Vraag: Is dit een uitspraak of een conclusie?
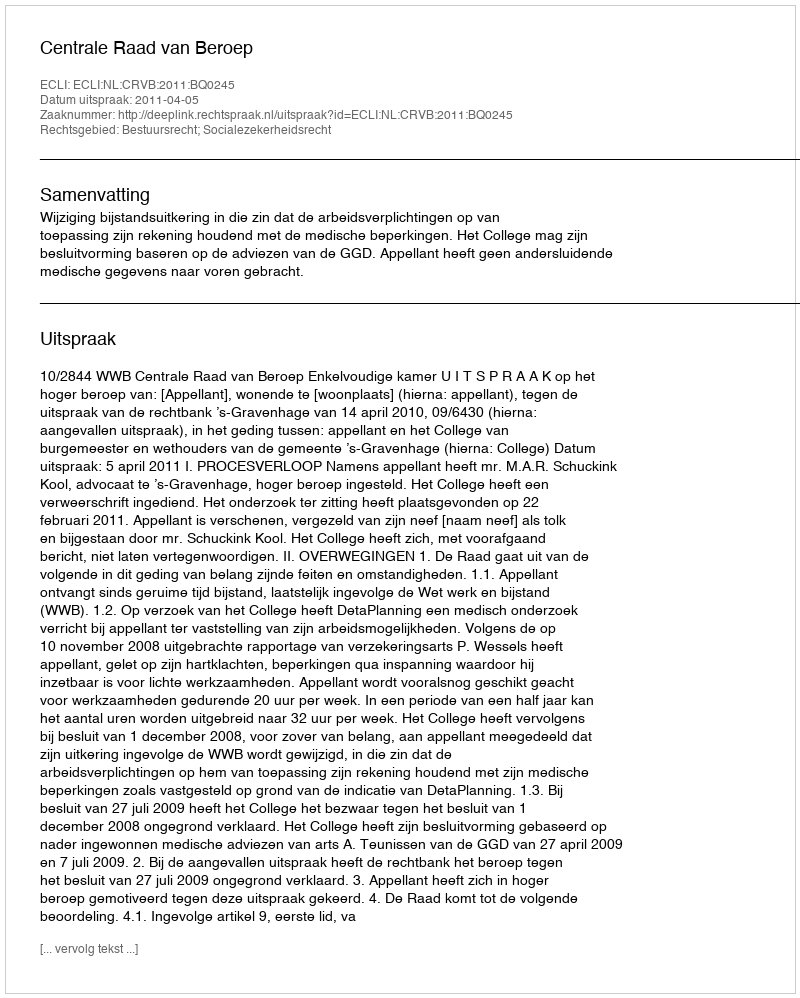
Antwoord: Uitspraak